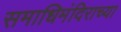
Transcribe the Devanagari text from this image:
समाधिमंदिराच्या